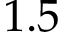
1 . 5